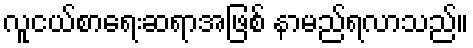
လူငယ်စာရေးဆရာအဖြစ် နာမည်ရလာသည်။